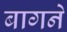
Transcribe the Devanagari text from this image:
बागने